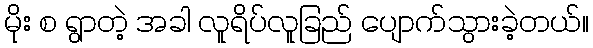
မိုး စ ရွာတဲ့ အခါ လူရိပ်လူခြည် ပျောက်သွားခဲ့တယ်။